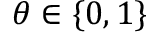
\theta \in \{ 0 , 1 \}